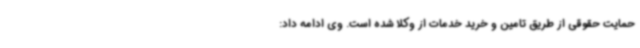
حمایت حقوقی از طریق تامین و خرید خدمات از وکلا شده است. وی ادامه داد: